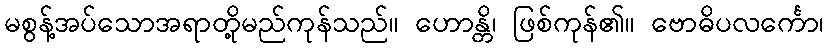
မစွန့်အပ်သောအရာတို့မည်ကုန်သည်။ ဟောန္တိ၊ ဖြစ်ကုန်၏။ ဗောဓိပလင်္ကော၊